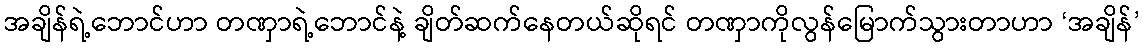
အချိန်ရဲ့ဘောင်ဟာ တဏှာရဲ့ဘောင်နဲ့ ချိတ်ဆက်နေတယ်ဆိုရင် တဏှာကိုလွန်မြောက်သွားတာဟာ ‘အချိန်’